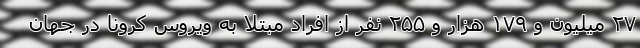
۲۷ میلیون و ۱۷۹ هزار و ۲۵۵ نفر از افراد مبتلا به ویروس کرونا در جهان